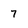
Character: 7